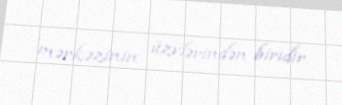
mərkəzinin üzvlərindən biridir.